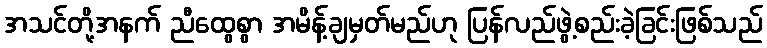
အသင်တို့အနက် ညီထွေစွာ အမိန့်ချမှတ်မည်ဟု ပြန်လည်ဖွဲ့စည်းခဲ့ခြင်းဖြစ်သည်